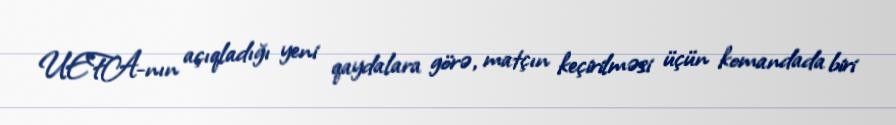
UEFA-nın açıqladığı yeni qaydalara görə, matçın keçirilməsi üçün komandada biri